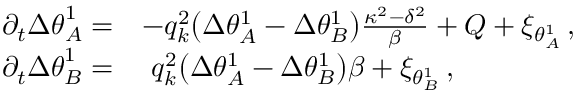
\begin{array} { r l } { \partial _ { t } { \Delta \theta } _ { A } ^ { 1 } = } & { - q _ { k } ^ { 2 } \big ( \Delta \theta _ { A } ^ { 1 } - \Delta \theta _ { B } ^ { 1 } \big ) \frac { \kappa ^ { 2 } - \delta ^ { 2 } } { \beta } + Q + \xi _ { \theta _ { A } ^ { 1 } } \, , } \\ { \partial _ { t } { \Delta \theta } _ { B } ^ { 1 } = } & { ~ q _ { k } ^ { 2 } \big ( \Delta \theta _ { A } ^ { 1 } - \Delta \theta _ { B } ^ { 1 } \big ) \beta + \xi _ { \theta _ { B } ^ { 1 } } \, , } \end{array}